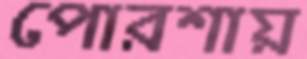
পোরশায়